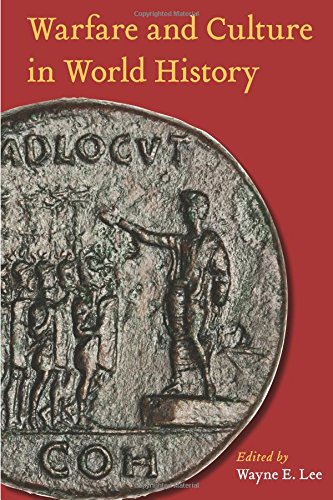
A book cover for Warfare and Culture in World History; Medical Books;